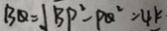
B Q = J B P ^ { 2 } - P Q ^ { 2 } = 4 k